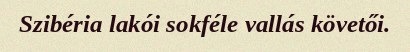
Szibéria lakói sokféle vallás követői.